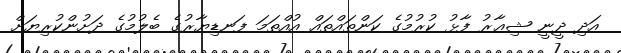
އަދި ދީނީ ޝިޢާރު ފާޅު ކުރުމުގެ ކަންތައްތައް އުއްތަމަ ފަނޑިޔާރުގެ ބެލުމުގެ ދަށުންކުރިޔަށް